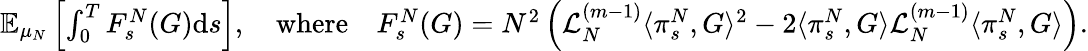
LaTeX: \begin{array}{r}{\mathbb{E}_{\mu_{N}}\left[\int_{0}^{T}F_{s}^{N}(G)\mathrm{d}s\right],\quad\mathrm{where}\quad F_{s}^{N}(G)=N^{2}\left(\mathcal{L}_{N}^{(m-1)}\langle\pi_{s}^{N},G\rangle^{2}-2\langle\pi_{s}^{N},G\rangle\mathcal{L}_{N}^{(m-1)}\langle\pi_{s}^{N},G\rangle\right).}\end{array}